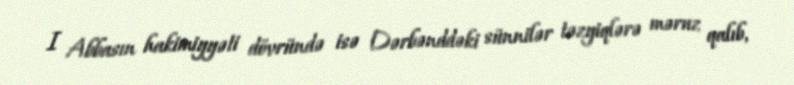
I Abbasın hakimiyyəti dövründə isə Dərbənddəki sünnilər təzyiqlərə məruz qalıb,